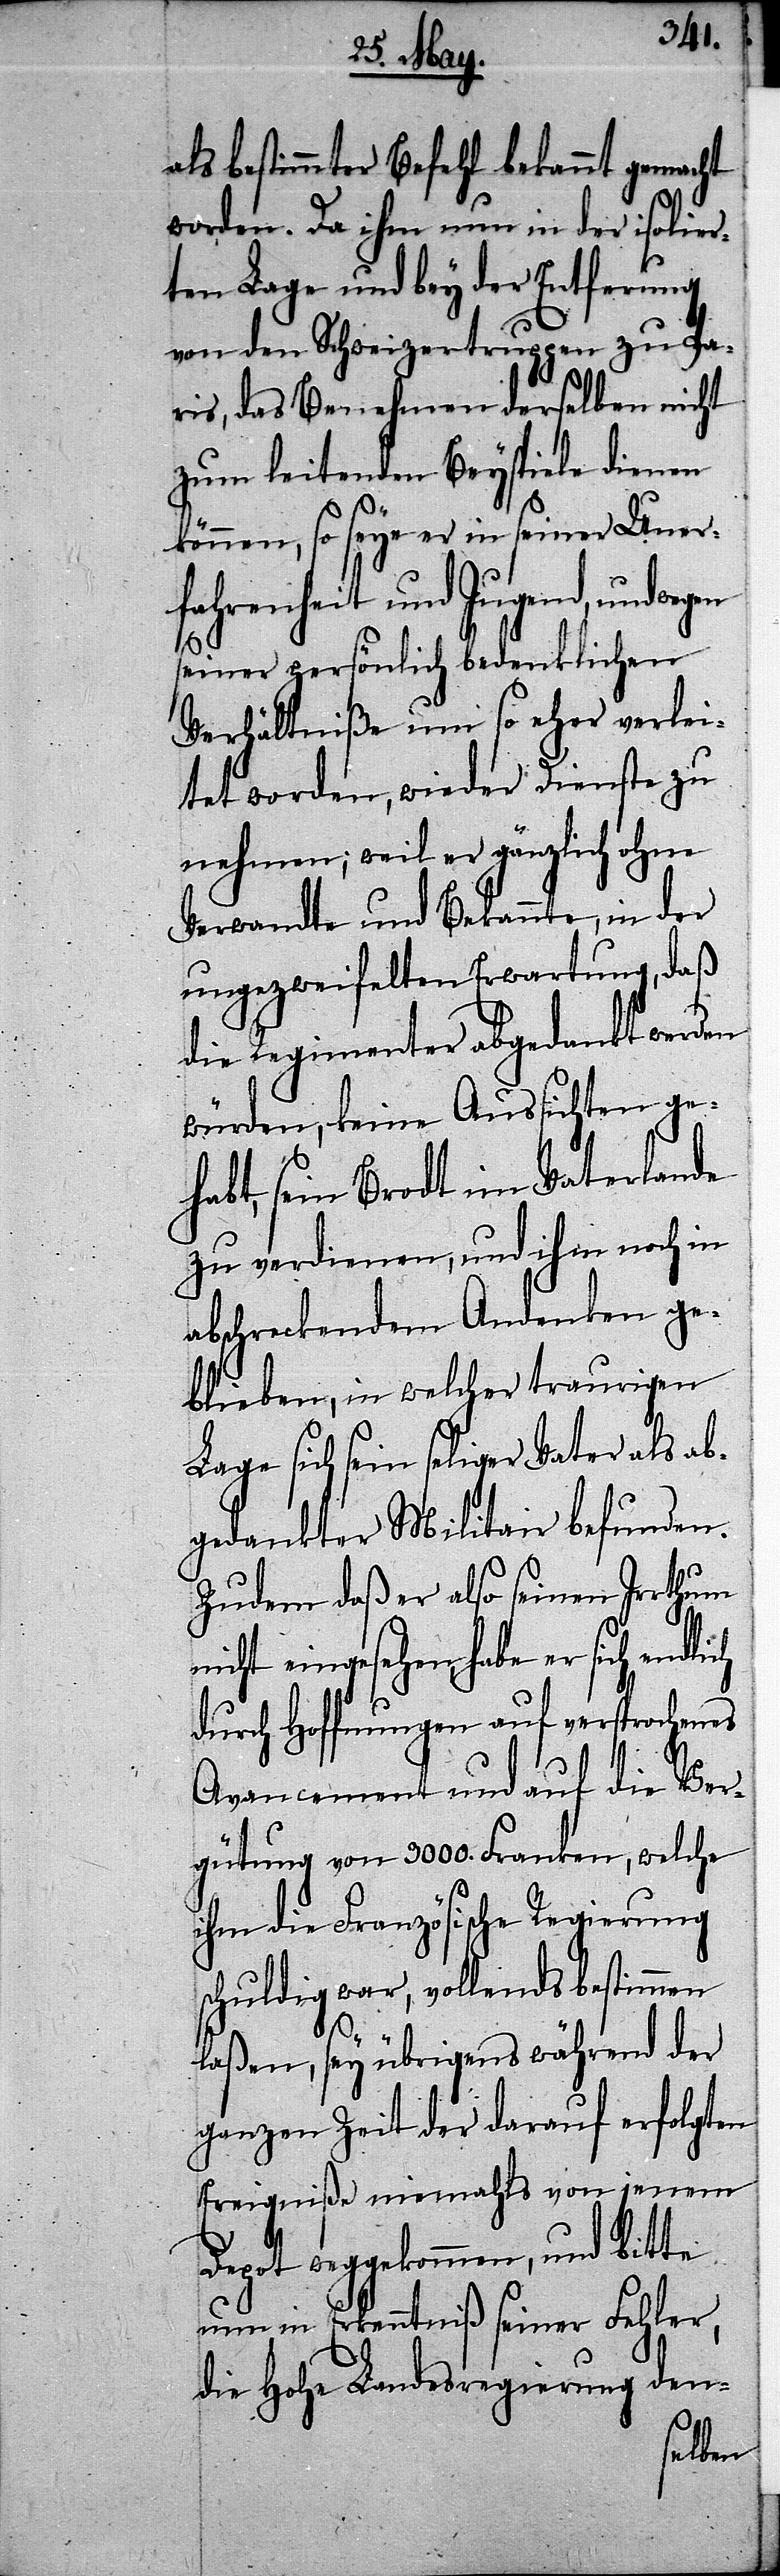
als bestimmter Befehl bekannt gemacht
worden. Da ihm nun in der isolier¬
ten Lage und bey der Entfernung
von den Schweizertruppen zu Pa¬
ris, das Benehmen derselben nicht
zum leitenden Beyspiele dienen
können, so seye er in seiner Uner¬
fahrenheit und Jugend, und
seiner persönlich bedenklichen
Verhältniße um so eher verlei¬
tet worden, wieder Dienste zu
nehmen; weil er gänzlich ohne
Verwandte und Bekannte, in der
ungezweifelten Erwartung, daß
die Regimenter abgedankt werden
würden, keine Aussichten ge¬
habt, sein Brodt im Vaterlande
zu verdienen, und ihm noch in
abschreckendem Andenken ge¬
blieben, in welcher traurigen
Lage sich sein seliger Vater als a¬
bgedankter Militair befunden.
Zudem daß er also seinen Irrthum
icht eingesehen, habe er sich
durch Hoffnungen auf versprochenes
Avancement und auf die Ver¬
gütung von 9000. Franken, welche
ihm die Französische Regierung
schuldig war, vollends bestimmen
laßen, sey übrigens während der
ganzen Zeit der darauf erfolgten
Ereigniße niemahls von jenem
Depot weggekommen, und bitte
nun in Erkenntniß seiner Fehler,
die Hohe Landesregierung den-
n¬